Reports on military cantonments and civil stations in the Presidency of Bombay inspected by the Sanitary Commissioner in the years 1875 and 1876
Year: 1875
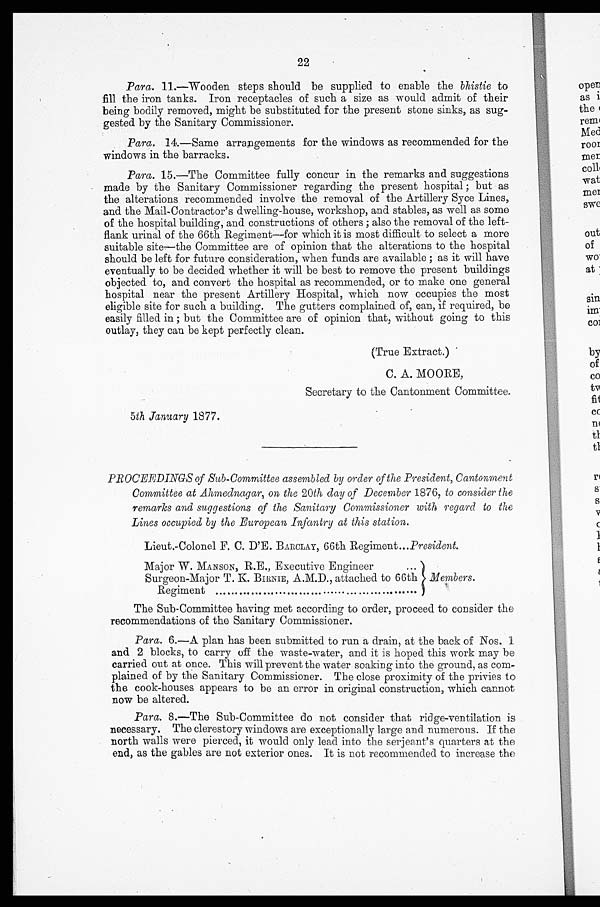
22
Para. 11.—Wooden steps should be supplied to enable the bhistie to
fill the iron tanks. Iron receptacles of such a size as would admit of their
being bodily removed, might be substituted for the present stone sinks, as sug-
gested by the Sanitary Commissioner.
Para. 14.—Same arrangements for the windows as recommended for the
windows in the barracks.
Para. 15.—The Committee fully concur in the remarks and suggestions
made by the Sanitary Commissioner regarding the present hospital ; but as
the alterations recommended involve the removal of the Artillery Syce Lines,
and the Mail-Contractor's dwelling-house, workshop, and stables, as well as some
of the hospital building, and constructions of others ; also the removal of the left-
flank urinal of the 66th Regiment—for which it is most difficult to select a more
suitable site—the Committee are of opinion that the alterations to the hospital
should be left for future consideration, when funds are available ; as it will have
eventually to be decided whether it will be best to remove the present buildings
objected to, and convert the hospital as recommended, or to make one general
hospital near the present Artillery Hospital, which now occupies the most
eligible site for such a building. The gutters complained of, can, if required, be
easily filled in ; but the Committee are of opinion that, without going to this
outlay, they can be kept perfectly clean.
(True Extract.)
C. A. MOORE,
Secretary to the Cantonment Committee.
5th January 1877.
PROCEEDINGS of Sub-Committee assembled by order of the President, Cantonment
Committee at Ahmeclnagar, on the 20th day of December 1876, to consider the
remarks and suggestions of the Sanitary Commissioner with regard to the
Lines occupied by the European Infantry at this station.
Lieut.-Colonel F. C. D'E. BAIWLAY, 66th Regiment ...President.
Major W. MANSON, R.E., Executive Engineer
Surgeon-Major T. K. BINNIE, A.M.D., attached to 66th Members.
Regiment
..
The Sub-Committee having met according to order, proceed to consider the
recommendations of the Sanitary Commissioner.
Para. 6.—A plan has been submitted to run a drain, at the back of Nos. 1
and 2 blocks, to carry off the waste-water, and it is hoped this work may be
carried out at once. This will prevent the water soaking into the ground, as com-
plained of by the Sanitary Commissioner. The close proximity of the privies to
the cook-houses appears to be an error in original construction, which cannot
now be altered.
Para. 8.—The Sub-Committee do not consider that ridge-ventilation is
necessary. The clerestory windows are exceptionally large and numerous. If the
north walls were pierced, it would only lead into the serjeant's quarters at the
end, as the gables are not exterior ones. It is not recommended to increase the